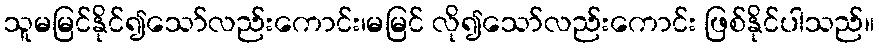
သူမမြင်နိုင်၍သော်လည်းကောင်း၊မမြင် လို၍သော်လည်းကောင်း ဖြစ်နိုင်ပါသည်။